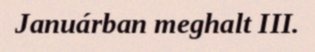
Januárban meghalt III.